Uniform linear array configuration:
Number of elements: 12
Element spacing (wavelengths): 0.25
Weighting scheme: hamming
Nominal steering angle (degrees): -60
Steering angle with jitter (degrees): -61.172
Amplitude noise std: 0.05
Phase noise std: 0.05

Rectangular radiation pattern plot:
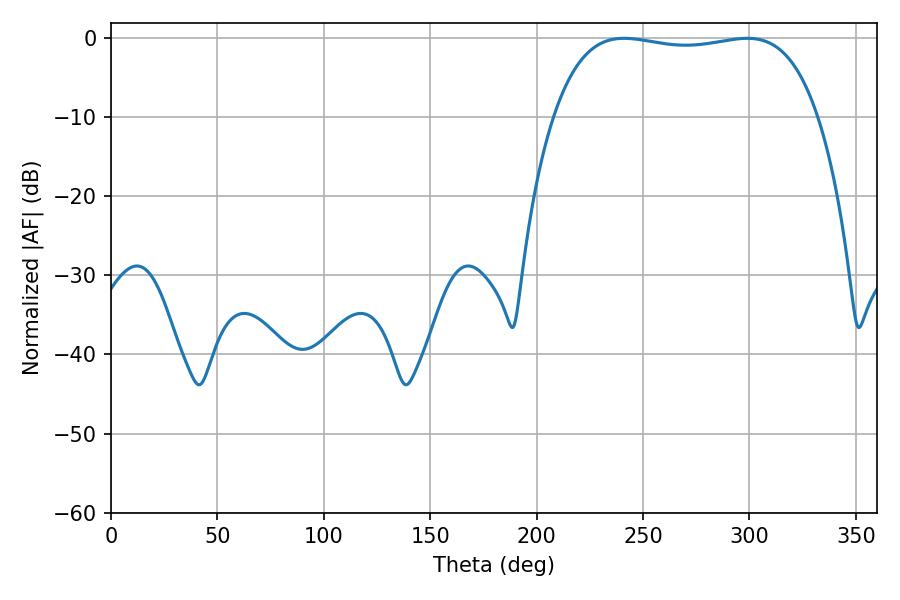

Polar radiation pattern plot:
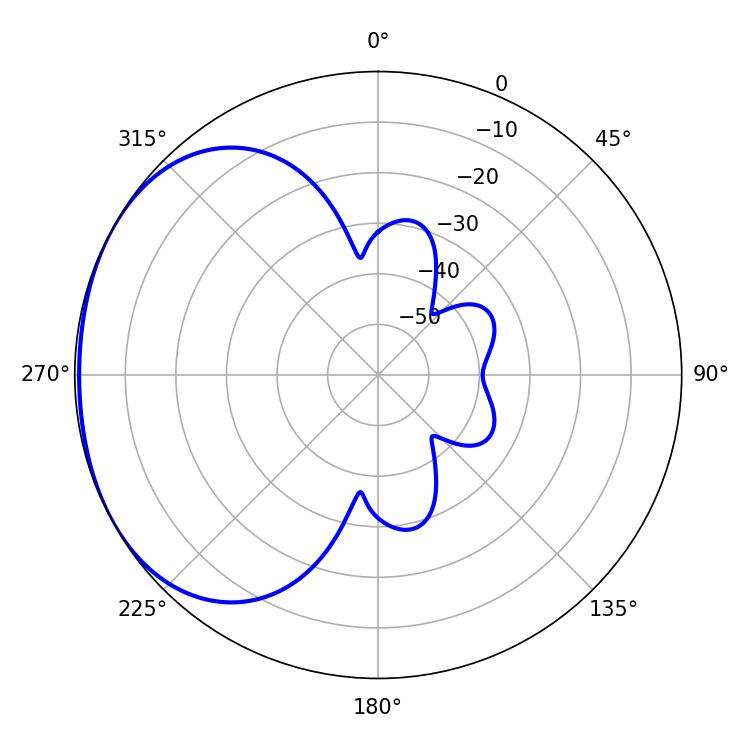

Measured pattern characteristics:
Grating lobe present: FALSE
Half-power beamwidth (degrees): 99.36
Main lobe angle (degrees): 241.02